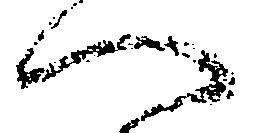
へ